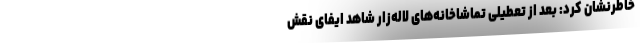
خاطرنشان کرد: بعد از تعطیلی تماشاخانه‌های لاله‌زار شاهد ایفای نقش